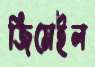
জিমেইল